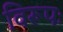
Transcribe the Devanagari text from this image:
विरूपः